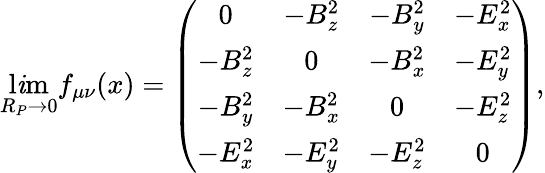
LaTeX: \operatorname*{l\mathit{i}m}_{R_{P}\rightarrow0}f_{\mu\nu}(x)=\left(\begin{array}{cccc}{{0}}&{{-B_{z}^{2}}}&{{-B_{y}^{2}}}&{{-E_{x}^{2}}}\\ {{-B_{z}^{2}}}&{{0}}&{{-B_{x}^{2}}}&{{-E_{y}^{2}}}\\ {{-B_{y}^{2}}}&{{-B_{x}^{2}}}&{{0}}&{{-E_{z}^{2}}}\\ {{-E_{x}^{2}}}&{{-E_{y}^{2}}}&{{-E_{z}^{2}}}&{{0}}\end{array}\right),